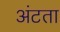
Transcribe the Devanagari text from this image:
अंटता